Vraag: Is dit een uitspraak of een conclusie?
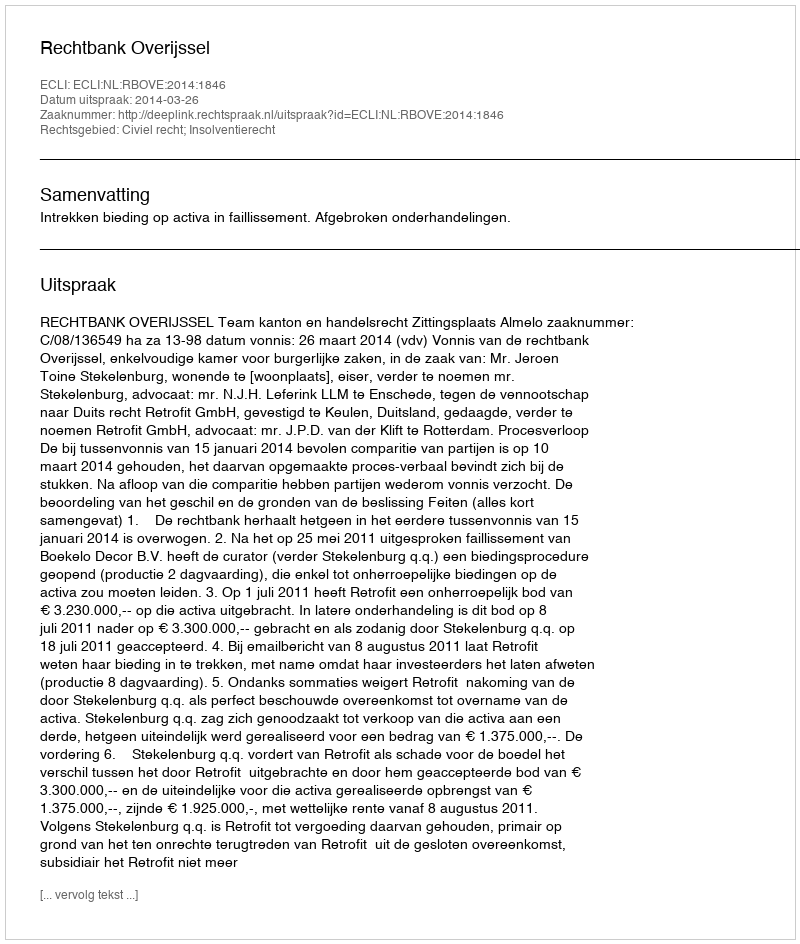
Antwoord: Uitspraak